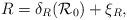
LaTeX: \begin{align*}R=\delta_R(\mathcal{R}_0)+\xi_R,\end{align*}